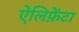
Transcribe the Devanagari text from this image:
ऐलिफ़ेंटा